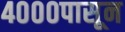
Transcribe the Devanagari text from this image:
४०००पासून